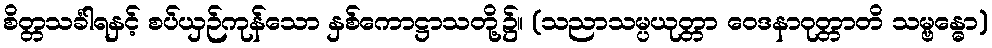
စိတ္တသင်္ခါရနှင့် စပ်ယှဉ်ကုန်သော နှစ်ကောဋ္ဌာသတို့၌။ (သညာသမ္ပယုတ္တာ ဝေဒနာဝုတ္တာတိ သမ္ဗန္ဓော)